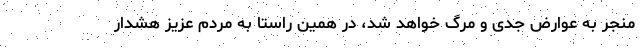
منجر به عوارض جدی و مرگ خواهد شد، در همین راستا به مردم عزیز هشدار